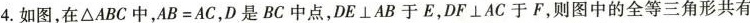
4.如图，在ΔABC中，AB=AC，D是BC中点，DE⊥AB于E ,DF ⊥AC于F，则图中的全等三角形共有